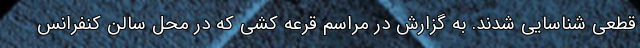
قطعی شناسایی شدند. به گزارش در مراسم قرعه کشی که در محل سالن کنفرانس